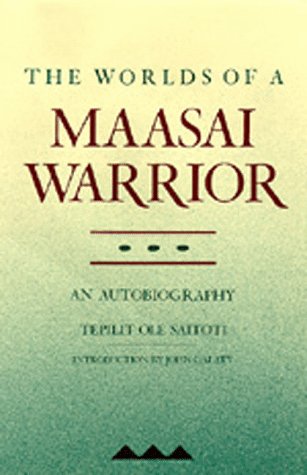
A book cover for The Worlds of a Maasai Warrior: An Autobiography; Tepilit Ole Saitoti; History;